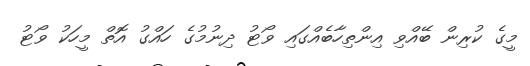
މީގެ ކުރިން ބޭއްވި އިންތިހާބެއްގައި ވޯޓު ދިނުމުގެ ހައްގު އޮތް މީހަކު ވޯޓު